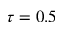
\tau = 0 . 5